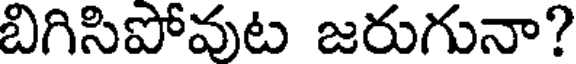
బిగిసిపోవుట జరుగునా?